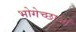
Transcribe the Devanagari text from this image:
भोगेच्छाओं